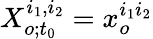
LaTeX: X_{o;t_{0}}^{i_{1},i_{2}}=x_{o}^{i_{1}i_{2}}